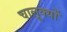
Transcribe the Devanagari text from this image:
चालूक्यों